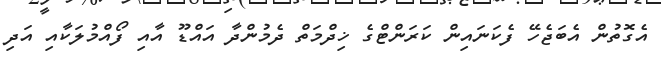
އެގޮތުން އެބަޖެހޭ ފެކަނައިން ކަރަންޓްގެ ޚިދްމަތް ދެމުންދާ އައްޑޫ އާއި ފޯއްމުލަކާއި އަދި